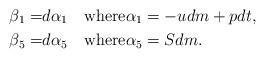
LaTeX: \begin{align*}\beta_1=&d\alpha_1\quad\hbox{where}\alpha_1=-udm+p dt, \\\beta_5=&d\alpha_5\quad\hbox{where}\alpha_5=Sdm. \end{align*}